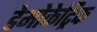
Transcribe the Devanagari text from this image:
डेमोकेट्रिक